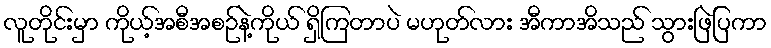
လူတိုင်းမှာ ကိုယ့်အစီအစဉ်နဲ့ကိုယ် ရှိကြတာပဲ မဟုတ်လား အီကာအိသည် သွားဖြဲပြကာ